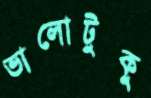
ভালোটুকু